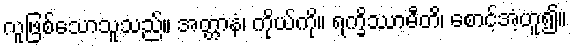
လူဖြစ်သောသူသည်။ အတ္တာနံ၊ ကိုယ်ကို။ ရက္ခိဿာမီတိ၊ စောင့်အံ့ဟူ၍။